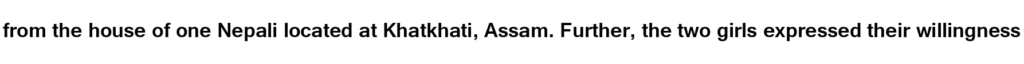
from the house of one Nepali located at Khatkhati, Assam. Further, the two girls expressed their willingness